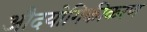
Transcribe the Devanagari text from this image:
औदयोगिकीकरण